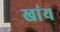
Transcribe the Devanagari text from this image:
खांय